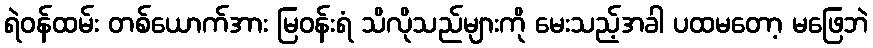
ရဲဝန်ထမ်း တစ်ယောက်အား မြဝန်းရံ သိလိုသည်များကို မေးသည့်အခါ ပထမတော့ မဖြေဘဲ